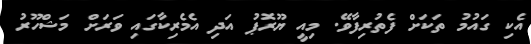
އެކި ގައުމު ތަކަށް ފެތުރިފާވޭ. މިއީ ޔޫރޮޕު އަދި އެމެރިކާގައި ވަރަށް މަޝްހޫރު